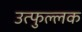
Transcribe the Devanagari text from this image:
उत्‍फुल्‍लक